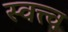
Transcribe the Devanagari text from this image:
स्वत्त्व